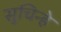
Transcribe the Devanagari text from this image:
सुचिन्हे